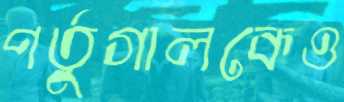
পর্তুগালকেও